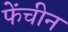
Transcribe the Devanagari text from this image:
फेंचीन